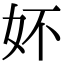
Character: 妚